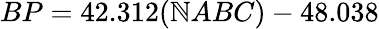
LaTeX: BP=42.312(\mathbb{N}ABC)-48.038